Source: Handwritten
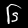
Digit: ၆ (6)